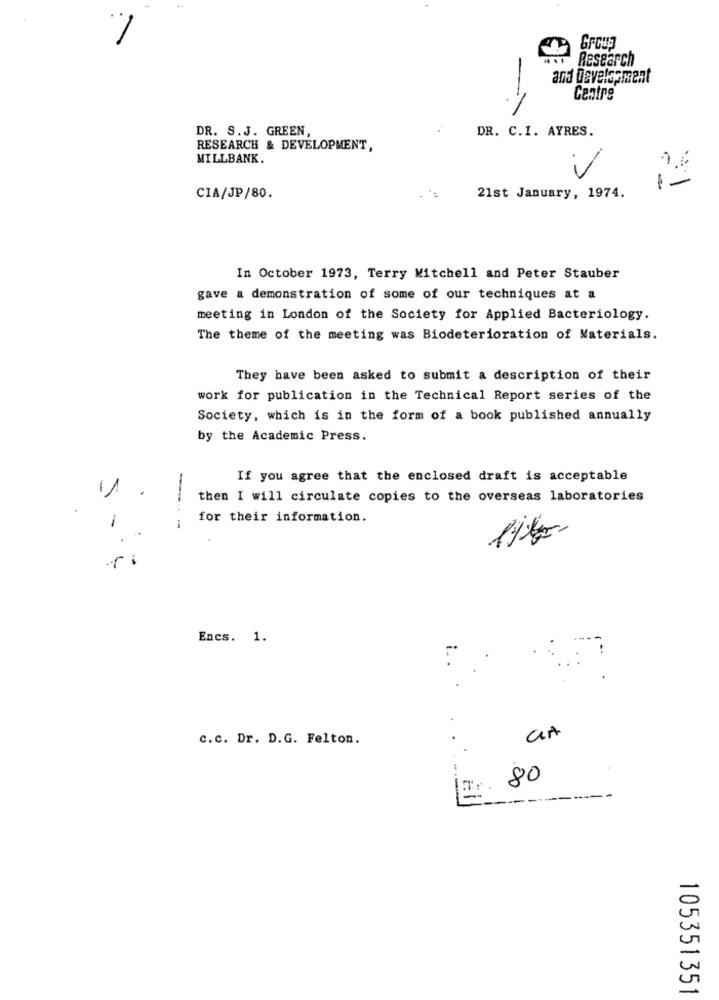
Group
Research
Centre
DR. S.J. GREEN,
DR. C.I. AYRES.
RESEARCH & DEVELOPMENT,
MILLBANK.
1-
CIA/JP/80.
21st January, 1974.
In October 1973, Terry Mitchell and Peter Stauber
gave a demonstration of some of our techniques at a
meeting in London of the Society for Applied Bacteriology.
The theme of the meeting was Biodeterioration of Materials.
They have been asked to submit a description of their
work for publication in the Technical Report series of the
Society, which is in the form of a book published annually
by the Academic Press.
If you agree that the enclosed draft is acceptable
11
then I will circulate copies to the overseas laboratories
for their information.
-----
r
Encs. 1.
i.
c.c. Dr. D.G. Felton.
80
--
105351351